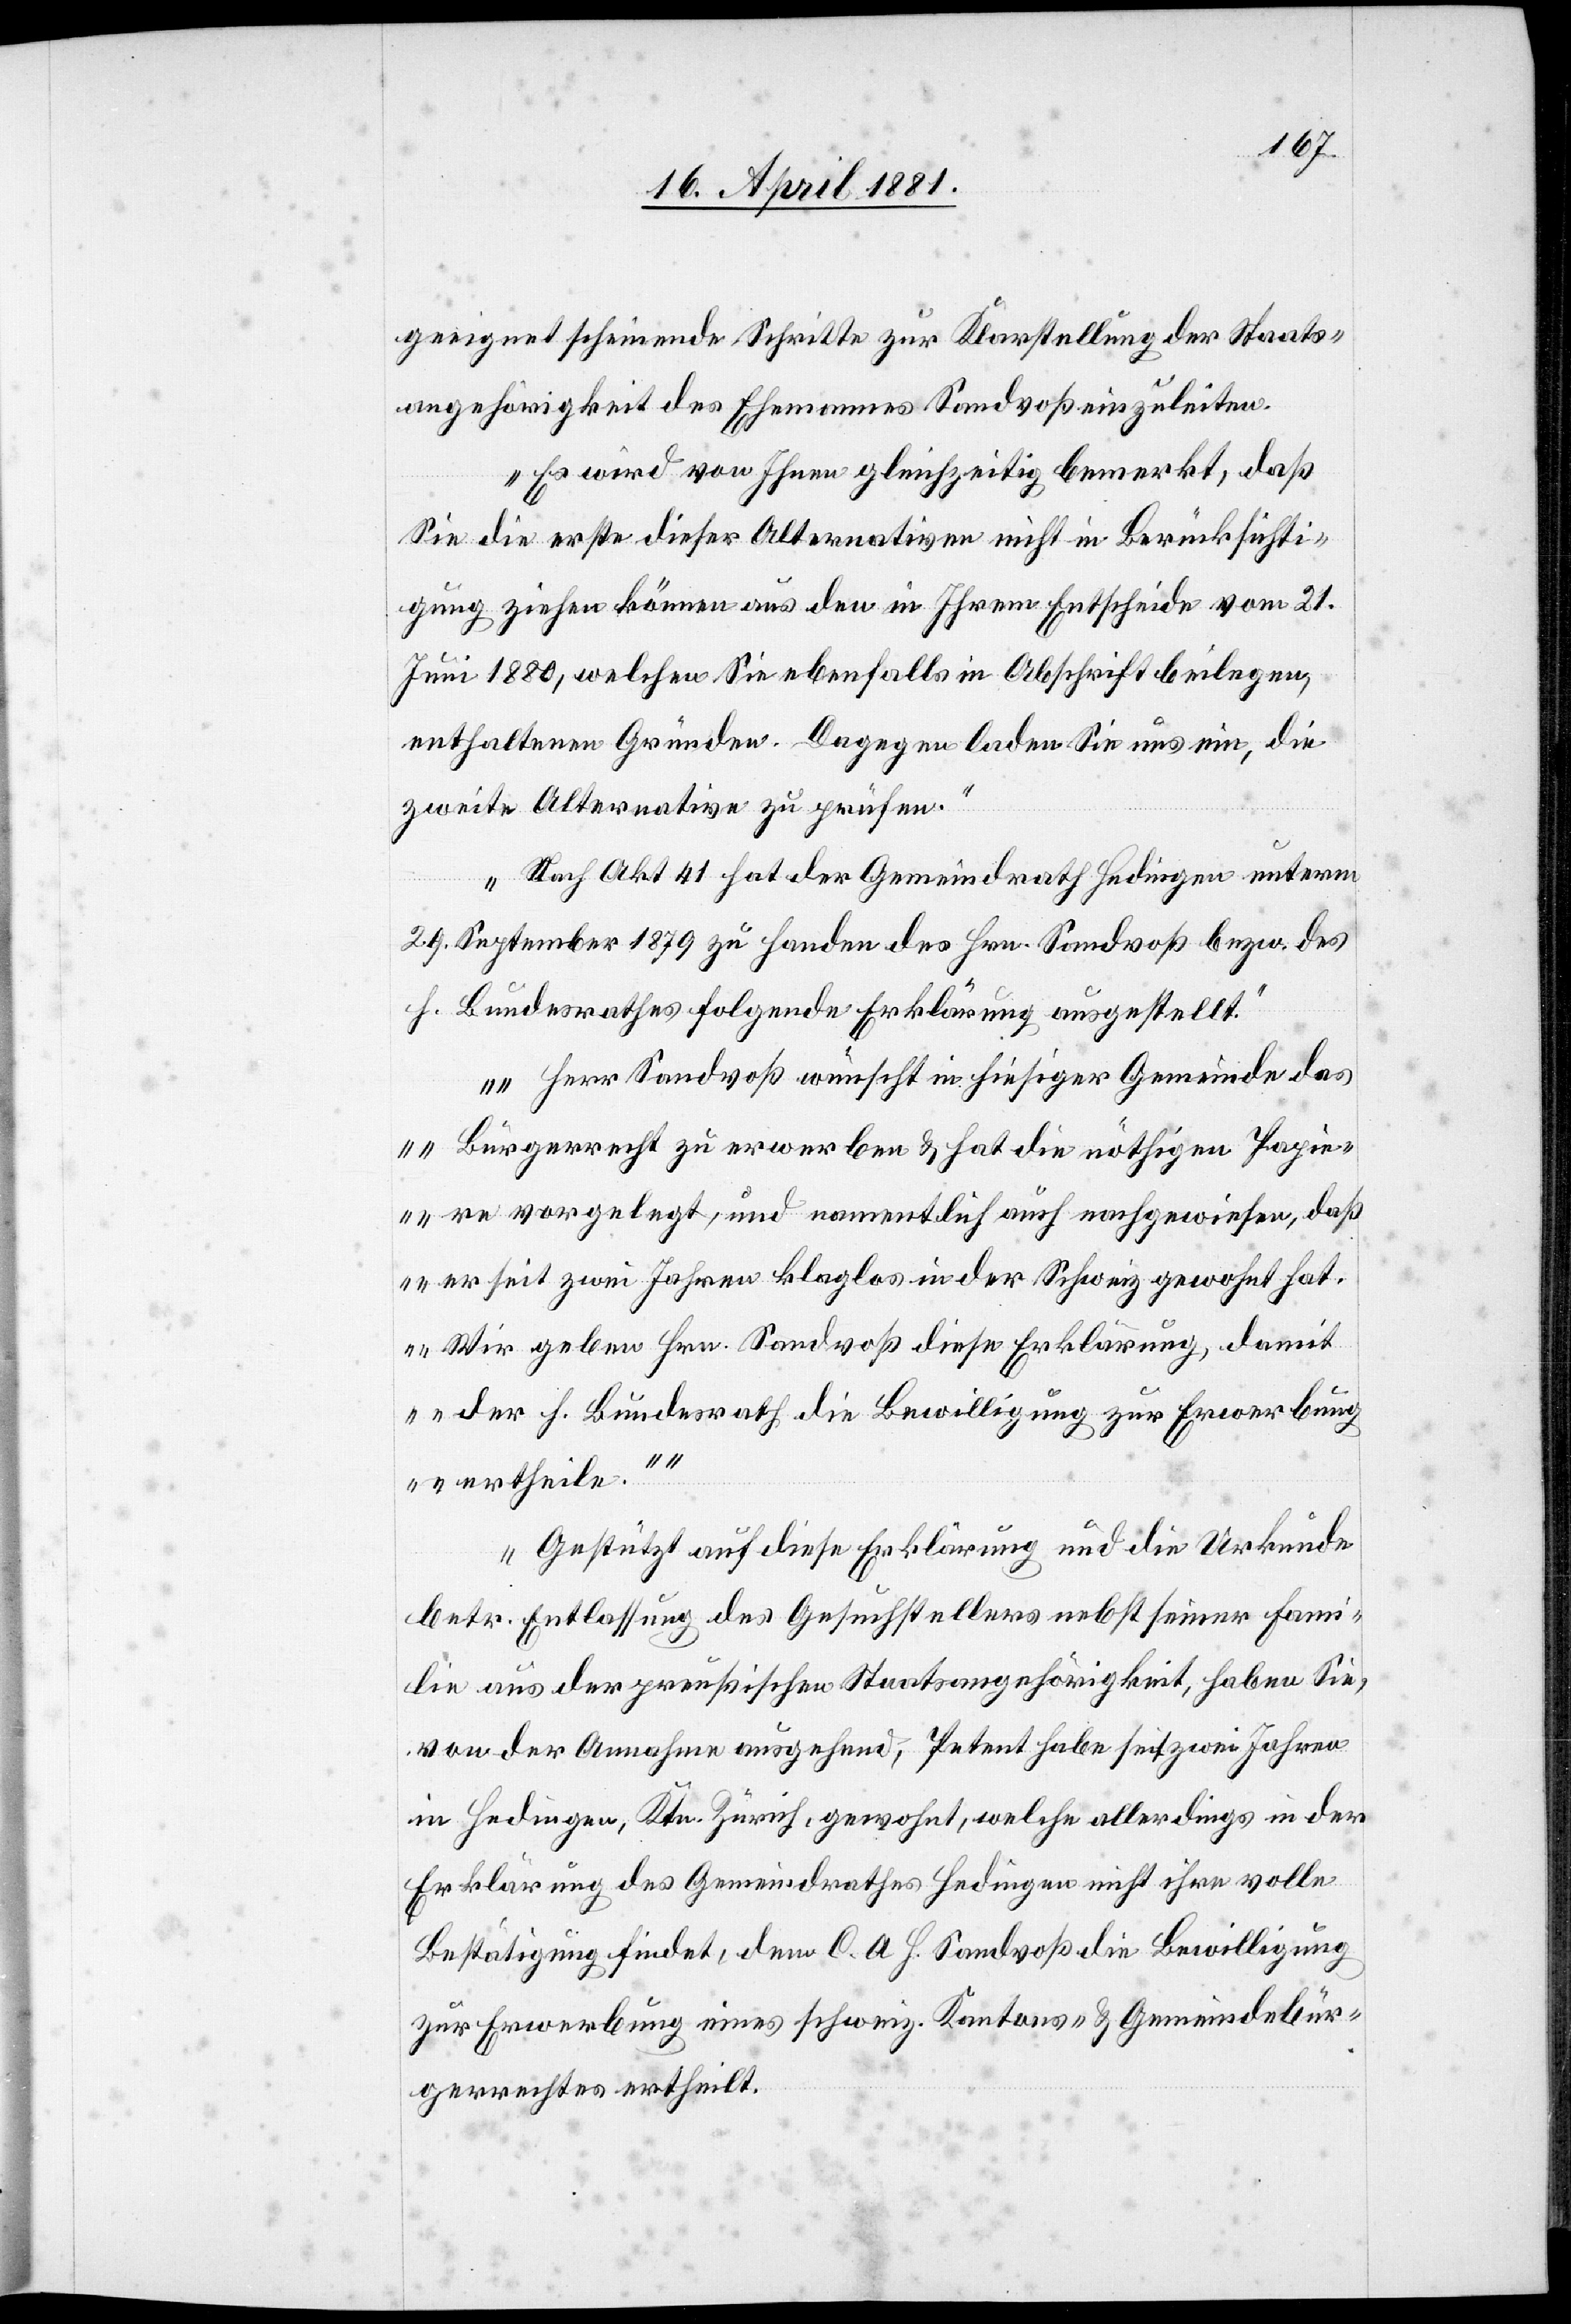
geeignet scheinende Schritte zur Klarstellung der Staats¬
angehörigkeit des Ehemannes Sandvoß einzuleiten.
Es wird von Ihnen gleichzeitig bemerkt, daß
Sie die erste dieser Alternativen nicht in Berücksichti¬
gung ziehen können aus den in Ihrem Entscheide vom 21.
Juni 1880, welchen Sie ebenfalls in Abschrift beilegen,
enthaltenen Gründen. Dagegen laden Sie uns ein, die
zweite Alternative zu prüfen.
Nach Akt. 41 hat der Gemeindrath Hedingen unterm
29. September 1879 zu Handen des Hrn. Sandvoß bezw. des
h. Bundesrathes folgende Erklärung ausgestellt.
„Herr Sandvoß wünscht in hiesiger Gemeinde das
Bürgerrecht zu erwerben & hat die nöthigen Papie¬
re vorgelegt, und namentlich auch nachgewiesen, daß
er seit zwei Jahren klaglos in der Schweiz gewohnt hat.
Wir geben Hrn. Sandvoß diese Erklärung, damit
der h. Bundesrath die Bewilligung zur Erwerbung
ertheile.“
Gestützt auf diese Erklärung und die Urkunde
betr. Entlassung des Gesuchstellers nebst seiner Fami¬
lie aus der preußischen Staatsangehörigkeit, haben Sie,
von der Annahme ausgehend, Petent habe seit zwei Jahren
in Hedingen, Ktn. Zürich, gewohnt, welche allerdings in der
Erklärung des Gemeindrathes Hedingen nicht ihre volle
Bestätigung findet, dem C. A. H. Sandvoß die Bewilligung
zur Erwerbung eines schweiz. Kantons- & Gemeindebür¬
gerrechtes ertheilt.